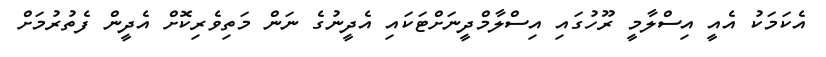
އެކަމަކު އެއީ އިސްލާމީ ރޫހުގައި އިސްލާމްދީނަށްޓަކައި އެދީނުގެ ނަން މަތިވެރިކޮށް އެދީން ފެތުރުމަށް